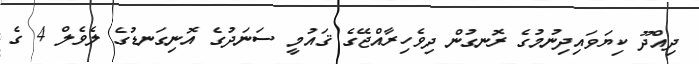
ދިއްދޫ ކިޔަވައިދިނުމުގެ ރޮނގުން ދިވެހިރާއްޖޭގެ ޤައުމީ ސަނަދުގެ އޮނިގަނޑުގެ ލެވެލް 4 ގެ